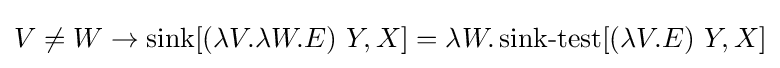
V\neq W\to \operatorname {sink} [(\lambda V.\lambda W.E)\ Y,X]=\lambda W.\operatorname {sink-test} [(\lambda V.E)\ Y,X]